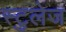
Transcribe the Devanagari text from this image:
स्टुलेज